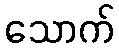
သောက်